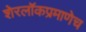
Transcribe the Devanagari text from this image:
शेरलाॅकप्रमाणेच